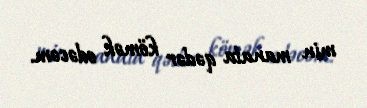
min manata qədər kömək edəcəm.